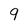
Character: 9